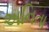
અનિતા